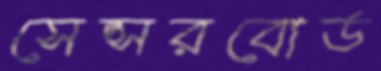
সেন্সরবোর্ড